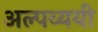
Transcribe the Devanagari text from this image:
अल्पव्ययी